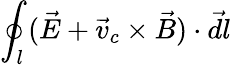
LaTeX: \oint_{l}(\vec{E}+\vec{v}_{c}\times\vec{B})\cdot\vec{dl}